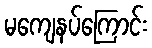
မကျေနပ်ကြောင်း